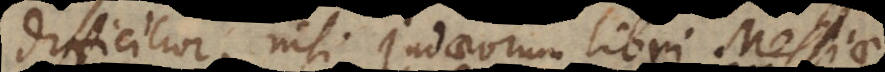
difficilior, nisi Judaeorum libri Messiae,